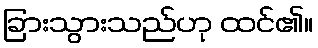
ခြားသွားသည်ဟု ထင်၏။